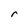
Character: r